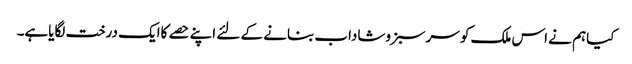
کیاہم نے اس ملک کو سرسبزوشاداب بنانے کے لئے اپنے حصے کاایک درخت لگایاہے۔